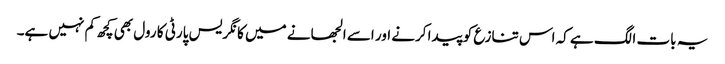
یہ بات الگ ہے کہ اس تنازع کو پیدا کرنے اور اسے الجھانے میں کانگریس پارٹی کا رول بھی کچھ کم نہیں ہے۔